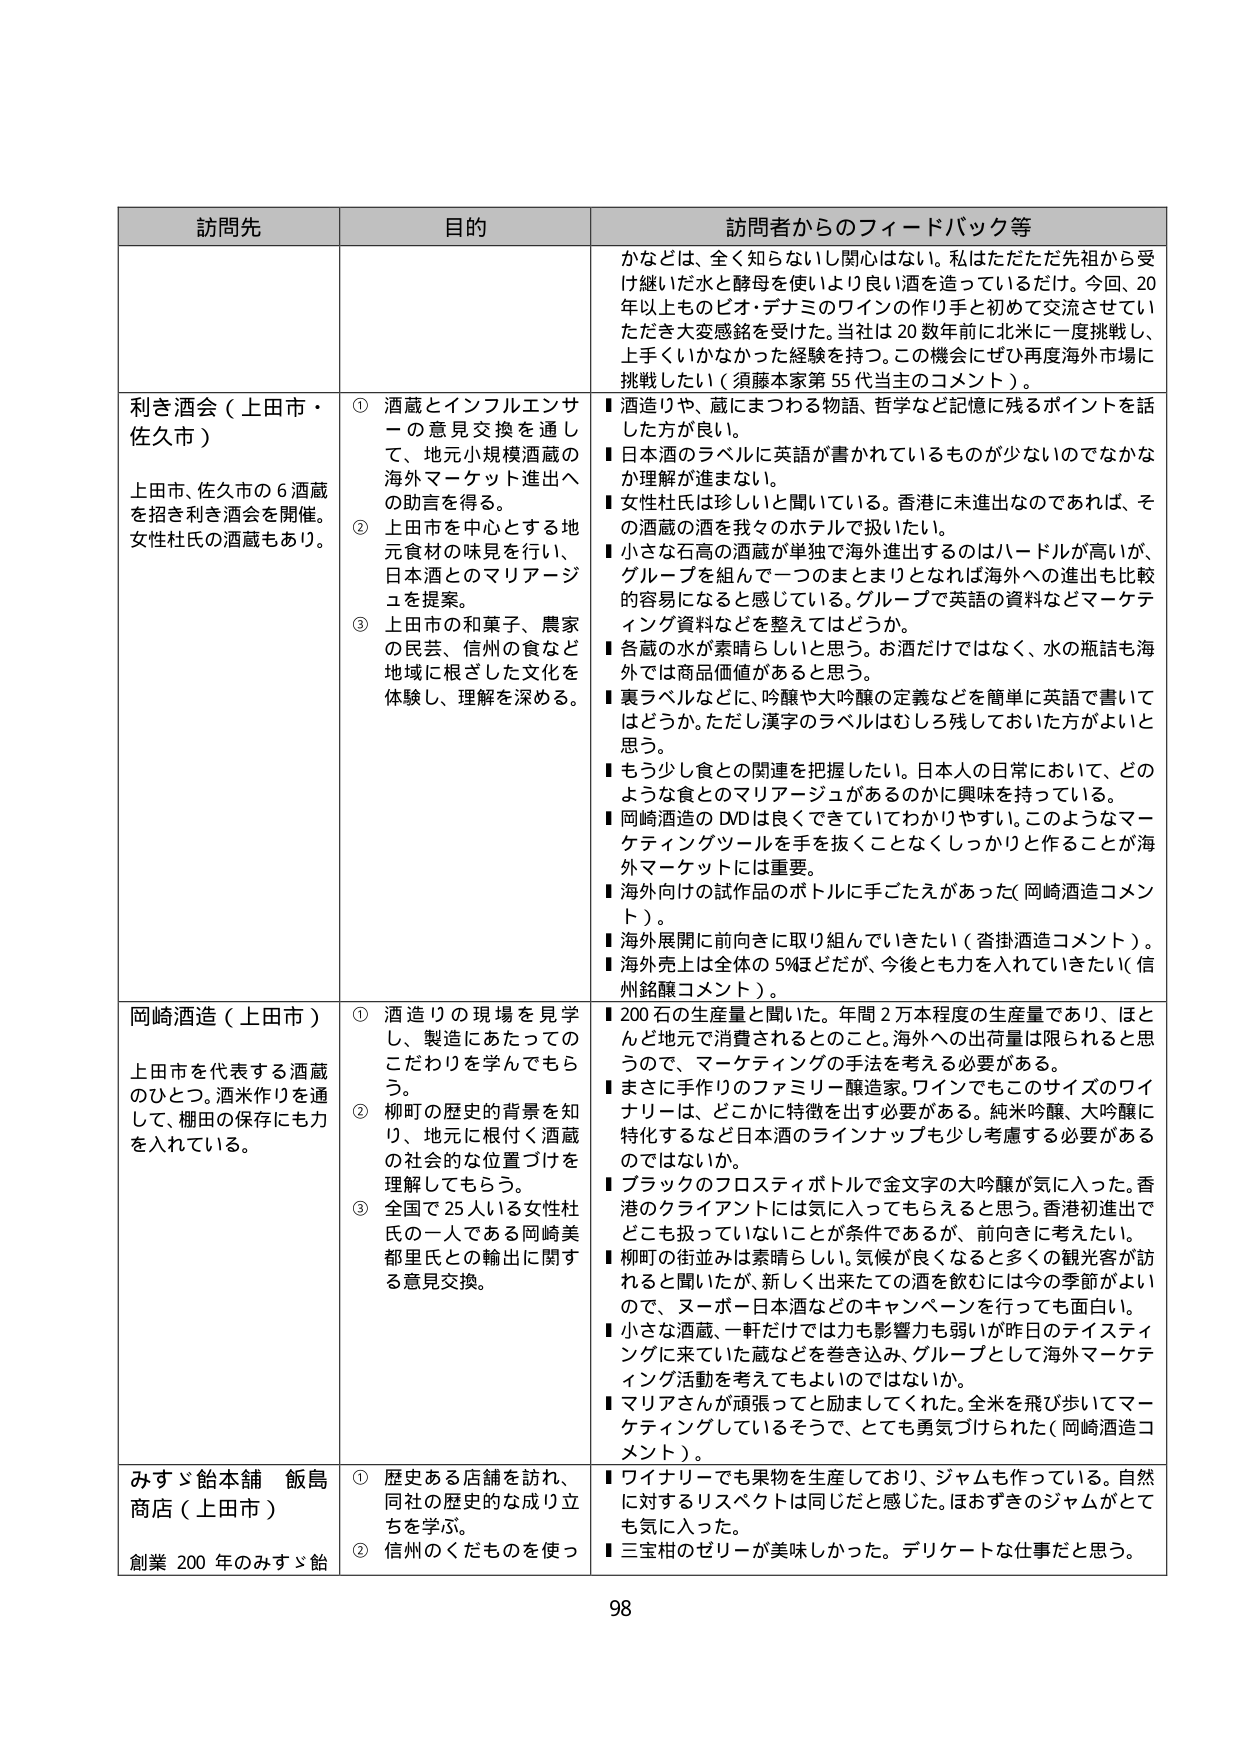
訪問先 目的 訪問者からのフィードバック等
かなどは、全く知らないし関心はない。私はただただ先祖から受け継いだ水と酵母を使いしより良い酒を造っているだけ。今回、20年以上ものビオ・デナミのワインの作り手と初めて交流させていただき大変感銘を受けた。当社は20数年前に北米に一度挑戦し、上手くいかなかった経験を持つ。この機会にぜひ再度海外市場に挑戦したい（須藤本家第55代当主のコメント）。
利き酒会（上田市・佐久市） 上田市、佐久市の6酒蔵を招き利き酒会を開催。女性杜氏の酒蔵もあり。 ① 酒蔵とインフルエンサーの意見交換を通じて、地元小規模酒蔵の海外マーケット進出への助言を得る。 ② 上田市を中心とする地元食材の味見を行い、日本酒とのマリアージュを提案。 ③ 上田市の和菓子、農家の民芸、信州の食など地域に根ざした文化を体験し、理解を深める。 ■ 酒造りや、蔵にまつわる物語、哲学など記憶に残るポイントを話した方が良い。 ■ 日本酒のラベルに英語が書かれているものが少ないのではなかか理解が進まない。 ■ 女性杜氏は珍しいと聞いている。香港に未進出なのであれば、その酒蔵の酒を我々のホテルで扱いたい。 ■ 小さな石高の酒蔵が単独で海外進出するのはハードルが高いが、グループを組んで一つのまとまりとなれば海外への進出も比較的容易になると感じている。グループで英語の資料などマーケティング資料などを整えてはどうか。 ■ 各蔵の水が素晴らしいと思う。お酒だけではなく、水の瓶詰も海外では商品価値があると思う。 ■ 裏ラベルなどに、吟醸や大吟醸の定義などを簡単に英語で書いてはどうか。ただし漢字のラベルはむしろ残しておいた方がよいと思う。 ■ もう少し食との関連を把握したい。日本人の日常において、どのような食とのマリアージュがあるのかに興味を持っている。 ■ 岡崎酒造のDVDは良くできいてわかりやすい。このようなマーケティングツールを手を抜くことなくしっかりと作ることが海外マーケットには重要。 ■ 海外向けの試作品のボトルに手ごたえがあった（岡崎酒造コメント）。 ■ 海外展開に前向きに取り組んでいきたい（沓掛酒造コメント）。 ■ 海外売上は全体の5%ほどだが、今後とも力を入れていきたい（信州銘醸コメント）。
岡崎酒造（上田市） 上田市を代表する酒蔵のひとつ。酒米作りを通して、棚田の保存にも力を入れている。 ① 酒造りの現場を見学し、製造にあたってのこだわりを学んでもらう。 ② 柳町の歴史的背景を知り、地元に根付く酒蔵の社会的な位置づけを理解してもらう。 ③ 全国で25人いる女性杜氏の一人である岡崎美都里氏との輸出に関する意見交換。 ■ 200石の生産量と聞いた。年間2万本程度の生産量であり、ほとんど地元で消費されるとのこと。海外への出荷量は限られると思うので、マーケティングの手法を考える必要がある。 ■ まさに手作りのファミリー醸造家。ワインでもこのサイズのワイナリーは、どこかに特徴を出す必要がある。純米吟醸、大吟醸に特化するなど日本酒のラインナップも少し考慮する必要があるのではないか。 ■ ブラックのフロスティボトルで金文字の大吟醸が気に入った。香港のクライアントには気に入ってもらえると思う。香港初進出でどこも扱っていないことが条件であるが、前向きに考えたい。 ■ 柳町の街並みは素晴らしい。気候が良くなると多くの観光客が訪れると聞いたが、新しく出来たどの酒を飲むには今の季節がよいので、ヌーボー日本酒などのキャンペーンを行っても面白い。 ■ 小さな酒蔵、一軒だけでは力も影響力も弱いが昨日のテイスティングに来ていた蔵などを巻き込み、グループとして海外マーケティング活動を考えてもらいたいのではないか。 ■ マリアさんか頑張ってと励ましてくれた。全米を飛び歩いてマーケティングしているそうので、とても勇気づけられた（岡崎酒造コメント）。
みすゞ飴本舗 飯島商店（上田市） 創業200年のみすゞ飴 ① 歴史ある店舗を訪れ、同社の歴史的な成り立ちを学ぶ。 ② 信州のくだものを使っ ■ ワイナリーでも果物を生産しており、ジャムも作っている。自然に対するリスペクトは同じだと感じた。ほおずきのジャムがとても気に入った。 ■ 三宝相のゼリーが美味しかった。デリケートな仕事だと思う。
98